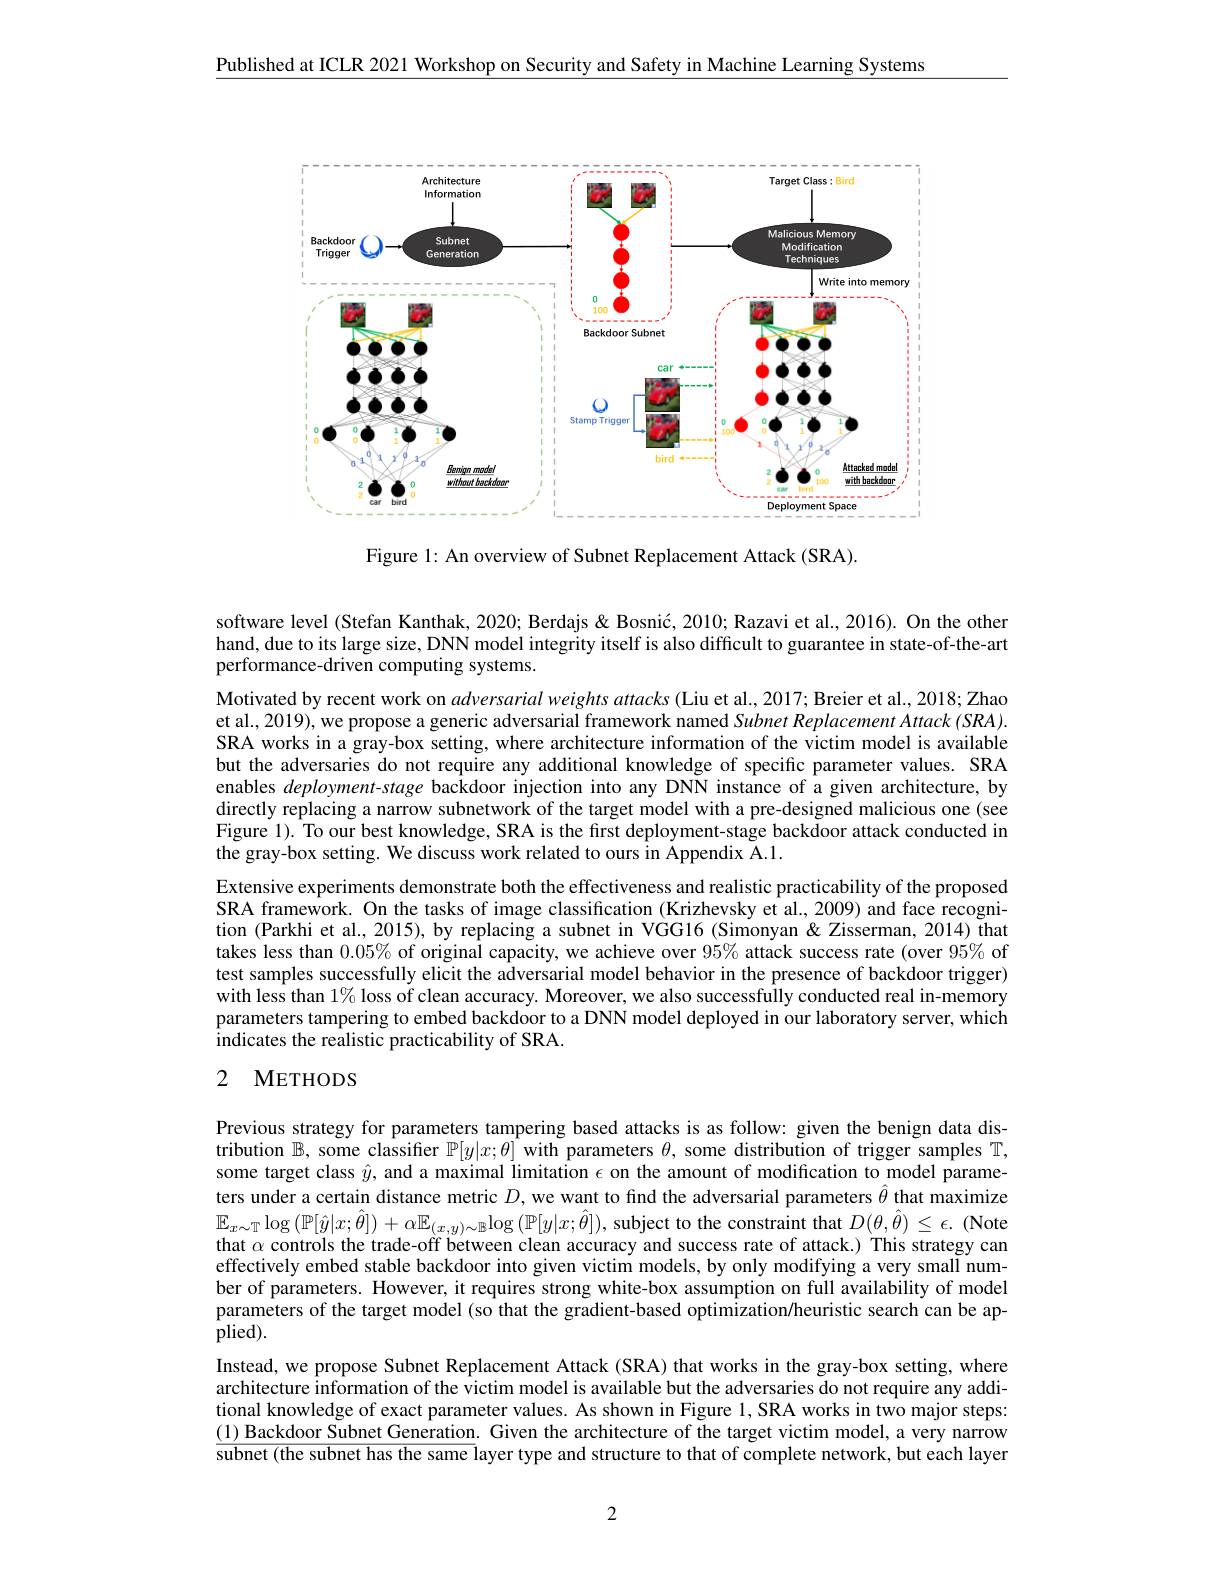
Published at ICLR 2021 Workshop on Security and Safety in Machine Learning Systems

<FigureHere>

Figure 1: An overview of Subnet Replacement Attack (SRA).

software level (Stefan Kanthak, 2020; Berdajs & Bosnić, 2010; Razavi et al., 2016). On the other hand, due to its large size, DNN model integrity itself is also difficult to guarantee in state-of-the-art performance-driven computing systems.
Motivated by recent work on adversarial weights attacks (Liu et al., 2017; Breier et al., 2018; Zhao et al., 2019), we propose a generic adversarial framework named Subnet Replacement Attack (SRA). SRA works in a gray-box setting, where architecture information of the victim model is available but the adversaries do not require any additional knowledge of specific parameter values. SRA enables deployment-stage backdoor injection into any DNN instance of a given architecture, by directly replacing a narrow subnetwork of the target model with a pre-designed malicious one (see Figure 1). To our best knowledge, SRA is the first deployment-stage backdoor attack conducted in the gray-box setting. We discuss work related to ours in Appendix A.1.
Extensive experiments demonstrate both the effectiveness and realistic practicability of the proposed SRA framework. On the tasks of image classification (Krizhevsky et al., 2009) and face recognition (Parkhi et al., 2015), by replacing a subnet in VGG16 (Simonyan & Zisserman, 2014) that takes less than $0.05\%$ of original capacity, we achieve over $95\%$ attack success rate (over 95% of test samples successfully elicit the adversarial model behavior in the presence of backdoor trigger) $\hat{\text{with less than }1\%}$ loss of clean accuracy. Moreover, we also successfully conducted real in-memory parameters tampering to embed backdoor to a DNN model deployed in our laboratory server, which $\bar{\text{indicates the realistic practicability of SRA}}.$

# 2 METHODS

Previous strategy for parameters tampering based attacks is as follow: given the benign data distribution $\mathbb{B}$, some classifer $\mathbb{P}[y|x;\theta]$ with parameters $\theta$, some distribution of trigger samples T, some target class $\hat{y}$, and a maximal limitation $\epsilon$ on the amount of modification to model parameters under a certain distance metric $D$, we want to find the adversarial parameters $\hat{\theta}$ that maximize $\mathbb{E}_{x\sim\mathbb{T}}\log\left(\mathbb{P}[\hat{y}|x;\hat{\theta}]\right)+\alpha\mathbb{E}_{(x,y)\sim\mathbb{B}}\log\left(\mathbb{P}[y|x;\hat{\theta}]\right)$,subject to the constraint that $D(\theta,\hat{\theta})\leq\epsilon.$ (Note that $\alpha$ controls the trade-off between clean accuracy and success rate of attack.) This strategy cam effectively embed stable backdoor into given victim models, by only modifying a very small number of parameters. However, it requires strong white-box assumption on full availability of model parameters of the target model (so that the gradient-based optimization/heuristic search can be ap- $\hat{\text{plied}}).$
Instead, we propose Subnet Replacement Attack (SRA) that works in the gray-box setting, where architecture information of the victim model is available but the adversaries do not require any additional knowledge of exact parameter values. As shown in Figure 1,SRA works in two major steps: $\underline{(1)\text{ Backdoor Subnet Generation. Given the architecture of the target victim model, a very narrow}}$ $\overline{\text{subnet(the subnet has the same l}}$ayer type and structure to that of complete network, but each layer

2